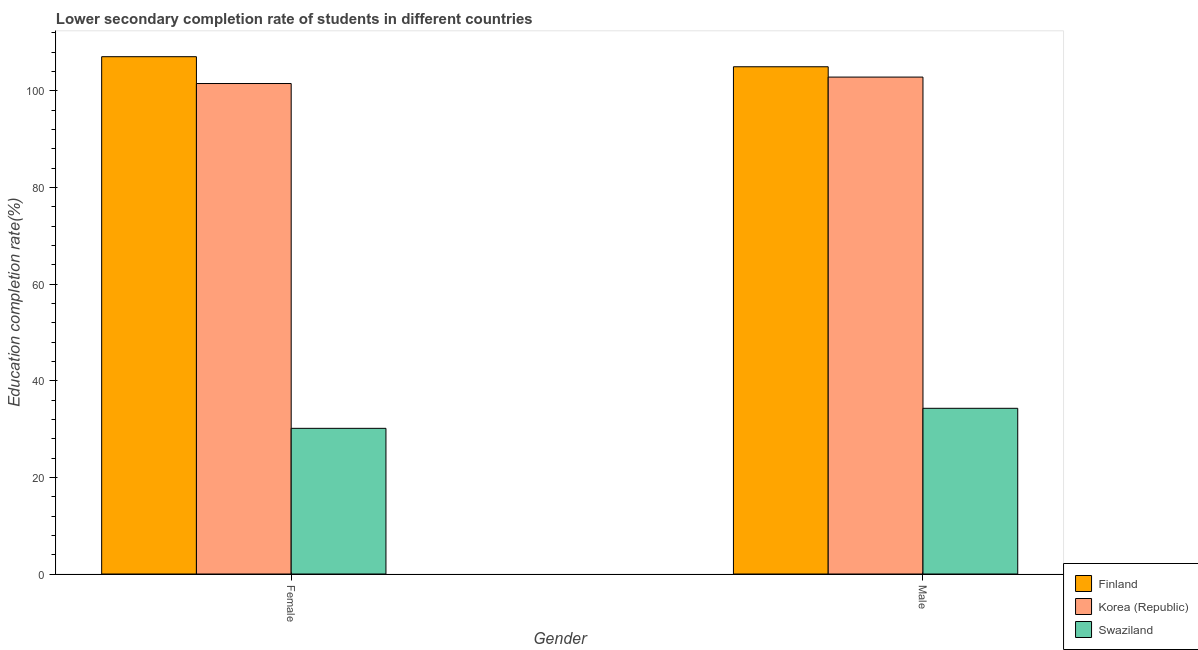
| Gender | Finland | Korea (Republic) | Swaziland |
 | --- | --- | --- | --- |
 | Female | 107 | 102 | 30.2 |
 | Male | 105 | 103 | 34.3 |